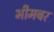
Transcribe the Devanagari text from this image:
भीमबर